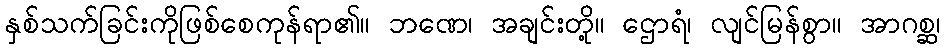
နှစ်သက်ခြင်းကိုဖြစ်စေကုန်ရာ၏။ ဘဏေ၊ အချင်းတို့။ ဌောရံ၊ လျင်မြန်စွာ။ အာဂစ္ဆ၊